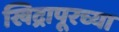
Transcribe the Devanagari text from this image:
खिद्रापूरच्या